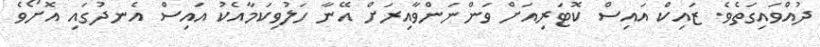
ދުއްވައިގަތެވެ. ޒައިކް އައިސް ކޮޓަރިއަށް ވަންނަންވާއިރަށް އޭނާ ހަލުވިކަމާއެކު އައިސް އެނދުގައި އޮށޯވެ